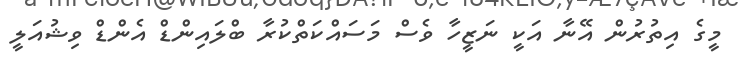
މީގެ އިތުރުން އޭނާ އަކީ ނަޒީހާ ވެސް މަސައްކަތްކުރާ ބްލައިންޑް އެންޑް ވިޝުއަލީ